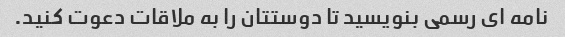
نامه ای رسمی بنویسید تا دوستتان را به ملاقات دعوت کنید.